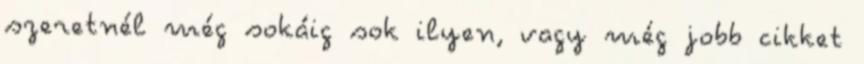
szeretnél még sokáig sok ilyen, vagy még jobb cikket